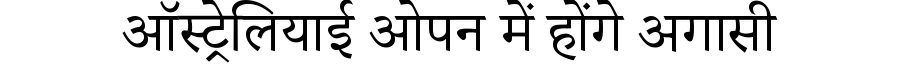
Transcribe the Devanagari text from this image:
ऑस्ट्रेलियाई ओपन में होंगे अगासी